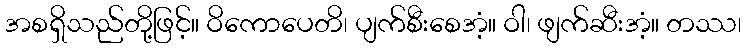
အစရှိသည်တို့ဖြင့်။ ဝိကောပေတိ၊ ပျက်စီးစေအံ့။ ဝါ၊ ဖျက်ဆီးအံ့။ တဿ၊